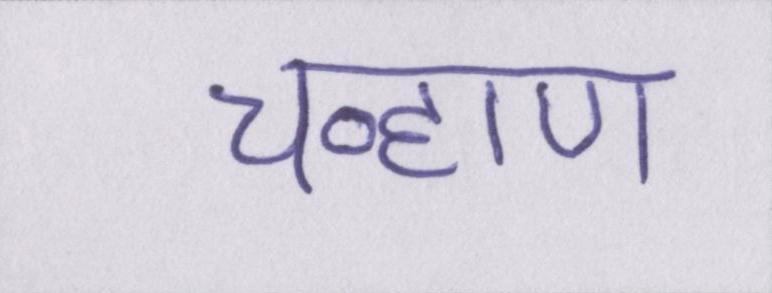
चव्हाण